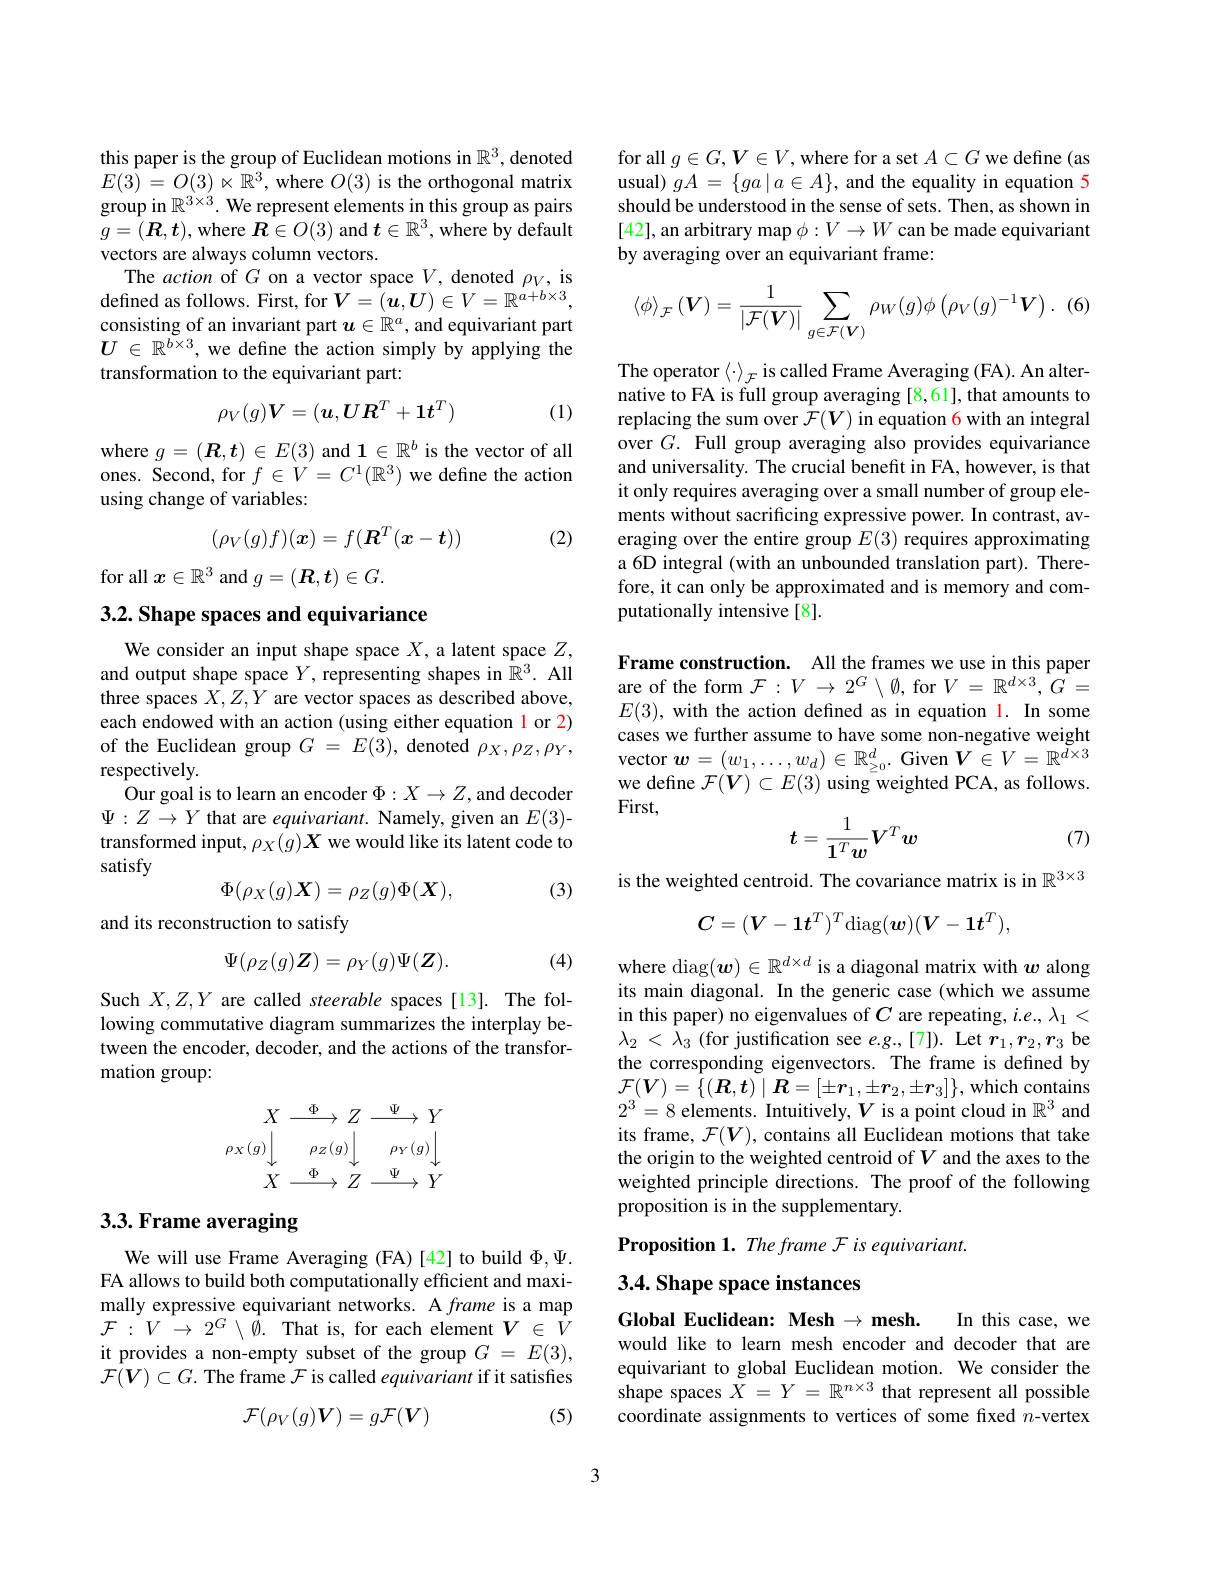
this paper is the group of Euclidean motions in $\mathbb{R}^3$, denoted $E(3)=O(3)\ltimes\mathbb{R}^{3}$,where $O(3)$ is the orthogonal matrix group in $\mathbb{R}^3\times3.$ We represent elements in this group as pairs $g=(\boldsymbol{R},\boldsymbol{t})$, where $\dot{\boldsymbol{R}}\in O(3)$ and $t\in\mathbb{R}^3$, where by default vectors are always column vectors.
The action of $G$ on a vector space $V$, denoted $\rho_V$, is defined as follows. First, for $V=(\boldsymbol u,\boldsymbol U)\in V=\mathbb{R}^{a+b\times3}$, consisting of an invariant part $u\in\mathbb{R}^a$, and equivariant part $U\in\mathbb{R}^{b\times3}$, we define the action simply by applying the transformation to the equivariant part:
$$\rho_V(g)\boldsymbol{V}=(\boldsymbol{u},\boldsymbol{U}\boldsymbol{R}^T+\boldsymbol{1}t^T)$$
(1)

where $g=(\boldsymbol{R},\boldsymbol{t})\in E(3)$ and $1\in\mathbb{R}^b$ is the vector of all ones. Second, for $f\in V=C^1(\mathbb{R}^3)$ we define the action using change of variables:

(2)
$$(\rho_V(g)f)(\boldsymbol x)=f(\boldsymbol R^T(\boldsymbol x-\boldsymbol t))$$
for all $x\in\mathbb{R}^3$ and $g=(\boldsymbol{R},\boldsymbol{t})\in G.$

3.2. Shape spaces and equivariance

We consider an input shape space $X$,a latent space $Z$, and output shape space $Y$, representing shapes in $\hat{\mathbb{R}}^3.$ All three spaces $X,Z,Y$ are vector spaces as described above, each endowed with an action (using either equation 1 or 2) of the Euclidean group $G$ = $E( 3) $, denoted $\rho_X,\rho_Z,\rho_Y$, respectively.
Our goal is to learn an encoder $\Phi:X\to Z$,and decoder $\Psi:Z\to Y$ that are equivariant. Namely, given an $E(3)$- transformed input, $\rho_X(g)\boldsymbol{X}$ we would like its latent code to satisfy
(3)
$$\Phi(\rho_X(g)\boldsymbol{X})=\rho_Z(g)\Phi(\boldsymbol{X}),$$
and its reconstruction to satisfy

(4)
$$\Psi(\rho_{Z}(g)\boldsymbol{Z})=\rho_{Y}(g)\Psi(\boldsymbol{Z}).$$
Such $X,Z,Y$ are called steerable spaces[13]. The following commutative diagram summarizes the interplay between the encoder, decoder, and the actions of the transformation group:
$$\begin{array}{rcr}X&\xrightarrow{\Phi}&Z&\xrightarrow{\Psi}&Y\\\left.\rho_X(g)\right\rfloor&\left.\rho_Z(g)\right\rfloor&\left.\rho_Y(g)\right\rfloor\\X&\xrightarrow{\Phi}&Z&\xrightarrow{\Psi}&Y\end{array}$$
## 3.3. Frame averaging

We will use Frame Averaging (FA)[42] to build $\Phi,\Psi.$ FA allows to build both computationally efficient and maximally expressive equivariant networks. A frame is a map $\mathcal{F}:V\to2^G\setminus\hat{\emptyset}.$That is, for each element$V\in\hat{V}$ it provides a non-empty subset of the group $G=E(3)$, $\mathcal{F}(V)\subset G.$ The frame $\mathcal{F}$ is called equivariant if it satisfes
$$\mathcal{F}(\rho_V(g)V)=g\mathcal{F}(V)$$
(5)

for all $g\in G,V\in V$,where for a set $A\subset G$ we define (as usual) $gA=\{ga\mid a\in A\}$, and the equality in equation 5 should be understood in the sense of sets. Then, as shown in [42], an arbitrary map $\phi:V\to W$ can be made equivariant by averaging over an equivariant frame:
$$\left\langle\phi\right\rangle_{\mathcal{F}}(\boldsymbol{V})=\frac{1}{\left|\mathcal{F}(\boldsymbol{V})\right|}\sum_{g\in\mathcal{F}(\boldsymbol{V})}\rho_{W}(g)\phi\left(\rho_{V}(g)^{-1}\boldsymbol{V}\right).$$
The operator $\langle\cdot\rangle_{\mathcal{F}}$ is called Frame Averaging (FA). An alternative to FA is full group averaging [8,61], that amounts to replacing the sum over $\mathcal{F}(V)$ in equation 6 with an integral over $G.$ Full group averaging also provides equivariance and universality. The crucial benefit in FA, however, is that it only requires averaging over a small number of group elements without sacrificing expressive power. In contrast, averaging over the entire group $E(3)$ requires approximating a 6D integral (with an unbounded translation part). Therefore, it can only be approximated and is memory and computationally intensive[8].

Frame construction. All the frames we use in this paper are of the form $\mathcal{F}:V\to2^G\setminus\emptyset$, for $V=\mathbb{R}^d\times3,G=$ $E(3)$, with the action defined as in equation l. In some cases we further assume to have some non-negative weight vector $\boldsymbol w=(w_1,\ldots,w_d)\in\mathbb{R}_{\geq0}^d.$ Given $V\in V=\mathbb{R}^d\times3$ we define $\mathcal{F}(\boldsymbol V)\subset E(3)$ using weighted PCA, as follows. First,
$$t=\frac1{\mathbf{1}^Tw}V^Tw$$
(7)

is the weighted centroid. The covariance matrix is in $\mathbb{R}^{3\times3}$
$$C=(V-1\boldsymbol{t}^T)^T\mathrm{diag}(\boldsymbol{w})(\boldsymbol{V}-\mathbf{1}\boldsymbol{t}^T),$$
where diag$(\boldsymbol w)\in\mathbb{R}^{d\times d}$ is a diagonal matrix with $\boldsymbol w$ along its main diagonal. In the generic case (which we assume in this paper) no eigenvalues of $C$ are repeating, $i.e.,\lambda_1<$ $\lambda _{2}$ < $\hat{\lambda } _{3}$ (for justification see $e.g.,[7]).$ Let $r_1,r_2,r_3$ be the corresponding eigenvectors. The frame is defined by $\mathcal{F}(\boldsymbol{V})=\{(\boldsymbol{R},\boldsymbol{t})\mid\boldsymbol{R}=[\pm\boldsymbol{r}_{1},\pm\boldsymbol{r}_{2},\pm\boldsymbol{r}_{3}]\}$,which contains $2^3=8$ elements. Intuitively, $V$ is a point cloud in $\mathbb{R}^3$ and its frame, $\mathcal{F}(V)$, contains all Euclidean motions that take the origin to the weighted centroid of $V$ and the axes to the weighted principle directions. The proof of the following proposition is in the supplementary.

Proposition 1. The frame F is equivariant.

# 3.4. Shape space instances

Global Euclidean: Mesh $\to$ mesh.
In this case, we
would like to learn mesh encoder and decoder that are equivariant to global Euclidean motion. We consider the shape spaces $\bar{X}=Y=\mathbb{R}^{n\times3}$ that represent all possible coordinate assignments to vertices of some fixed $n$-vertex

3